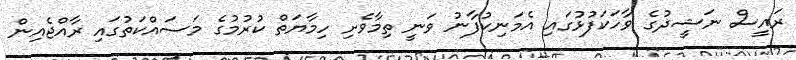
ރައީސް ނަޝީދުގެ ވާހަކަފުޅުގައި އެމަނިކުފާނު ވަނީ ތިމާވެށި ހިމާޔަތް ކުރުމުގެ މަސައްކަތުގައި ރާއްޖެއިން